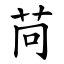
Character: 苘